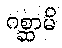
ဂစ္ဆာမိ